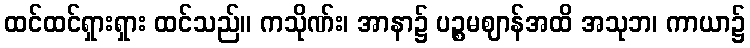
ထင်ထင်ရှားရှား ထင်သည်။ ကသိုဏ်း၊ အာနာ၌ ပဉ္စမဈာန်အထိ အသုဘ၊ ကာယာ၌